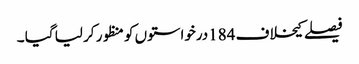
فیصلے کیخلاف 184درخواستوں کو منظور کر لیا گیا ۔